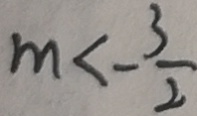
m < - \frac { 3 } { 2 }